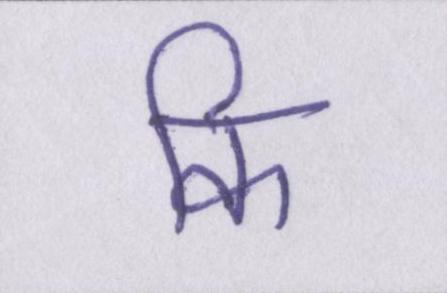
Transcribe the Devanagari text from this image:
कि